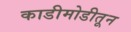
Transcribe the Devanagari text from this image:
काडीमोडीतून